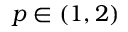
p \in ( 1 , 2 )